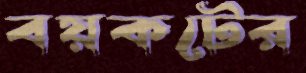
বয়কটের